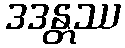
ဒဒန္တဿ